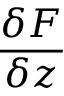
\frac { \delta F } { \delta z }